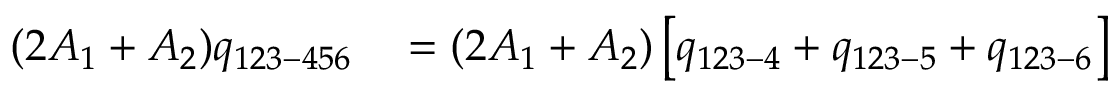
\begin{array} { r l } { ( 2 A _ { 1 } + A _ { 2 } ) q _ { 1 2 3 - 4 5 6 } } & { { } = ( 2 A _ { 1 } + A _ { 2 } ) \left[ q _ { 1 2 3 - 4 } + q _ { 1 2 3 - 5 } + q _ { 1 2 3 - 6 } \right] } \end{array}